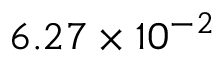
6 . 2 7 \times 1 0 ^ { - 2 }